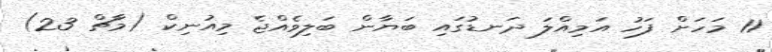
11 މަހަށް ފަހު އަމިއްލަ ދަނޑުގައި ބަޔާން ބަލިވެއްޖެ މިއުނިކް (މާޗް 23)